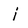
Character: i